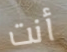
أنت